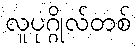
လူပုဂ္ဂိုလ်တစ်